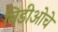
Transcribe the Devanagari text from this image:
विडीओचे